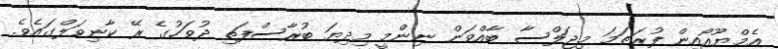
އެމްޔޫއޯއިން ފުރަތަމަ މިޖަލްސާ ބާއްވަން ނިންމީ މިދިޔަ ބުރާސްފަތި ދުވަހުގެ ރޭ ކާނިވަލްގައެވެ.